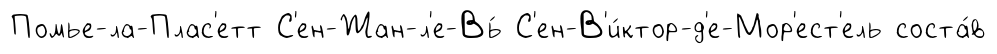
Помье-ла-Плас'етт С'ен-Жан-л'е-Вь́ С'ен-В'и́ктор-д'е-Мор'ест'ель соста́в